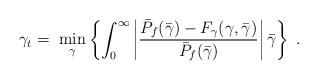
LaTeX: \begin{align*} \gamma_{t} = \; \min_{\gamma}\left\{ \int_{0}^{\infty} \left|\frac{ \bar{P}_{f}(\bar{\gamma}) -F_{\gamma}(\gamma,\bar{\gamma})}{\bar{P}_{f}(\bar{\gamma})}\right| \bar{\gamma} \right\} \; .\end{align*}